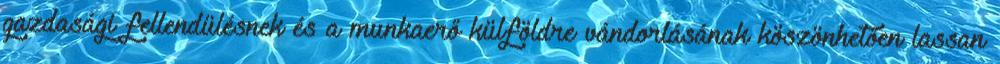
gazdasági fellendülésnek és a munkaerő külföldre vándorlásának köszönhetően lassan